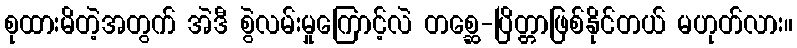
စုထားမိတဲ့အတွက် အဲဒီ စွဲလမ်းမှုကြောင့်လဲ တစ္ဆေ-ပြိတ္တာဖြစ်နိုင်တယ် မဟုတ်လား။